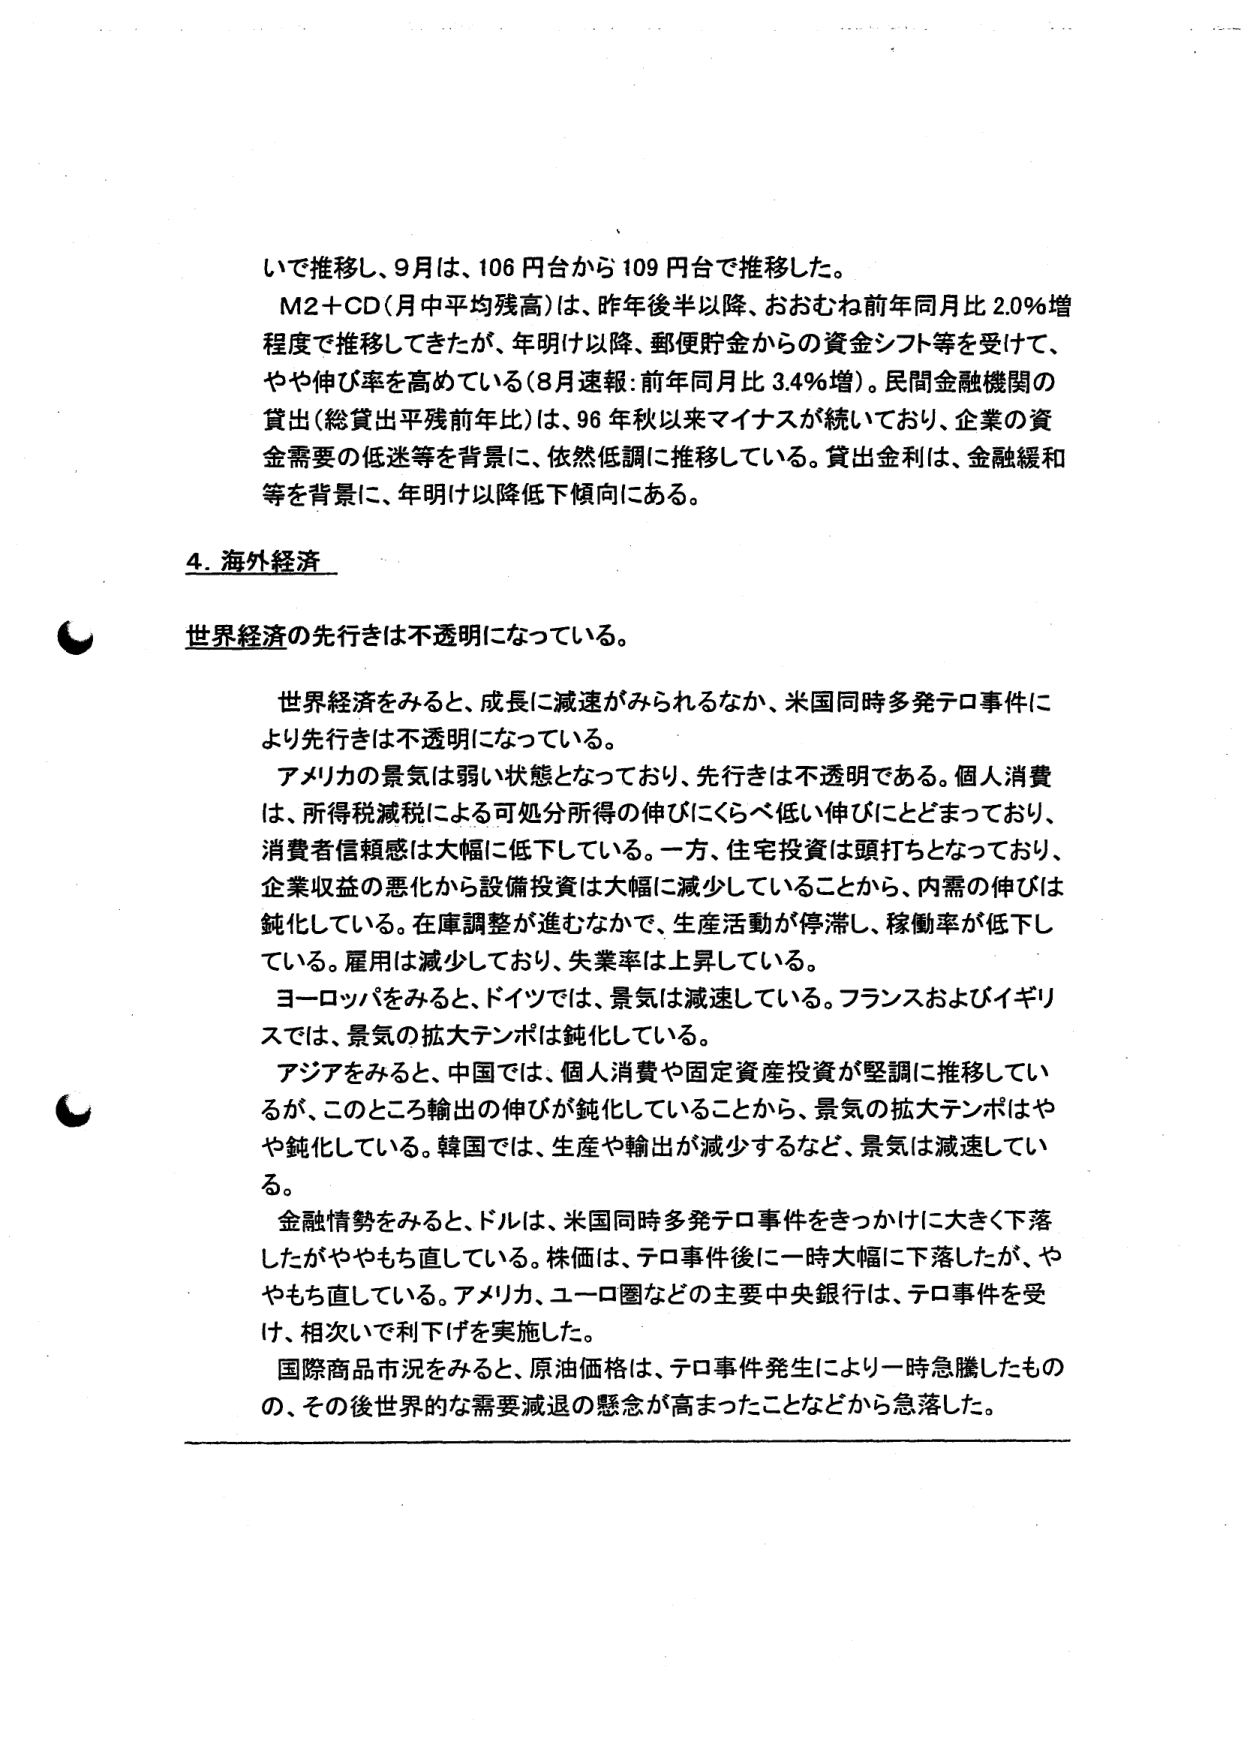
いで推移し、9月は、106円台から109円台で推移した。

M2＋CD（月中平均残高）は、昨年後半以降、おおむね前年同月比2.0％増程度で推移してきたが、年明け以降、郵便貯金からの資金シフト等を受けて、やや伸び率を高めている（8月速報：前年同月比3.4％増）。民間金融機関の貸出（総貸出平残前年比）は、96年秋以来マイナスが続いており、企業の資金需要の低迷等を背景に、依然低調に推移している。貸出金利は、金融緩和等を背景に、年明け以降低下傾向にある。

4. 海外経済

世界経済の先行きは不透明になっている。

世界経済をみると、成長に減速がみられるなか、米国同時多発テロ事件により先行きは不透明になっている。

アメリカの景気は弱い状態となっており、先行きは不透明である。個人消費は、所得税減税による可処分所得の伸びにくらべ低い伸びにとどまっており、消費者信頼感は大幅に低下している。一方、住宅投資は頭打ちとなっており、企業収益の悪化から設備投資は大幅に減少していることから、内需の伸びは鈍化している。在庫調整が進むなかで、生産活動が停滞し、稼働率が低下している。雇用は減少しており、失業率は上昇している。

ヨーロッパをみると、ドイツでは、景気は減速している。フランスおよびイギリスでは、景気の拡大テンポは鈍化している。

アジアをみると、中国では、個人消費や固定資産投資が堅調に推移しているが、このところ輸出の伸びが鈍化していることから、景気の拡大テンポはやや鈍化している。韓国では、生産や輸出が減少するなど、景気は減速している。

金融情勢をみると、ドルは、米国同時多発テロ事件をきっかけに大きく下落したがややもち直している。株価は、テロ事件後に一時大幅に下落したが、ややもち直している。アメリカ、ユーロ圏などの主要中央銀行は、テロ事件を受け、相次いで利下げを実施した。

国際商品市況をみると、原油価格は、テロ事件発生により一時急騰したものの、その後世界的な需要減退の懸念が高まったことなどから急落した。